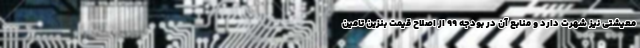
معیشتی نیز شهرت دارد و منابع آن در بودجه ۹۹ از اصلاح قیمت بنزین تامین